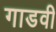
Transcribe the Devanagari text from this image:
गाडवी